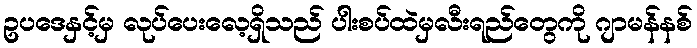
ဥပဒေနှင့်မှ လုပ်ပေးလေ့ရှိသည် ပါးစပ်ထဲမှလီးရည်တွေကို ဂျာမန်နစ်